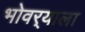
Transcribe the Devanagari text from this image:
भोवर्‍याला